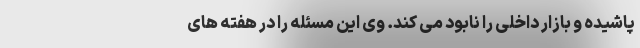
پاشیده و بازار داخلی را نابود می کند. وی این مسئله را در هفته های